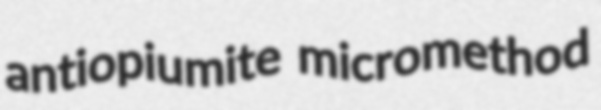
antiopiumite micromethod